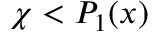
\chi < P _ { 1 } ( x )